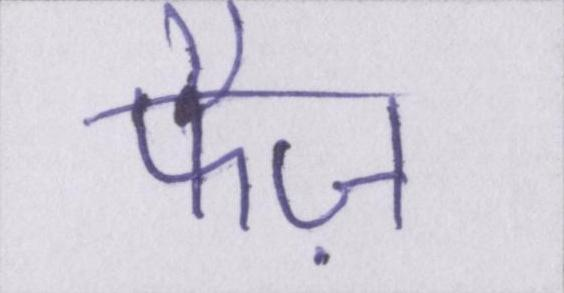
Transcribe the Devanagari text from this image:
फैज़